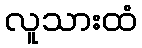
လူသားထံ